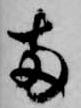
両